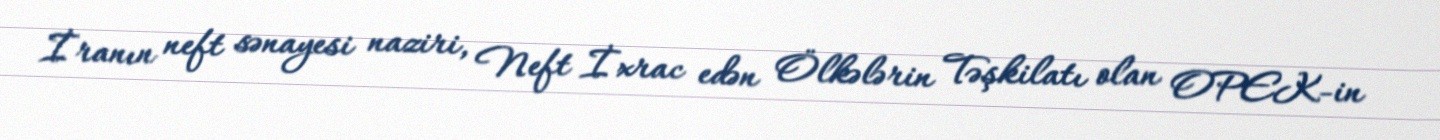
İranın neft sənayesi naziri, Neft İxrac edən Ölkələrin Təşkilatı olan OPEK-in